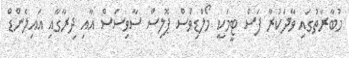
މުބާރާތުގައި ވާދަކުރާ ފަސް ޓީމަކީ މޯލްޑިވްސް ޕޮލިސް ސާވިސަސް އާއި ދިރާގާއި އައިލެންޑް